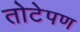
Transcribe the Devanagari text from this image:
तोटेपण